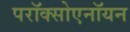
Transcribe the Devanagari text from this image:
परॉक्सोएनॉयन